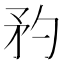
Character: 䂆